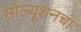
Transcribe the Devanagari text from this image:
सोल्यूशनचा